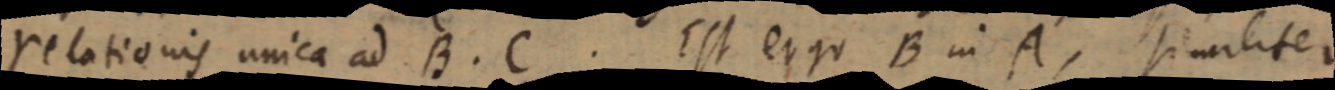
relationis unica ad B. C. Est ergo B in A, similiter